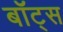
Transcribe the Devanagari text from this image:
बॉट्स